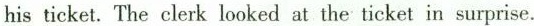
his ticket. The clerk looked at the ticket in surprise.